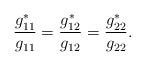
LaTeX: \begin{align*}\frac{g_{11}^{\ast}}{g_{11}}=\frac{g_{12}^{\ast}}{g_{12}}=\frac{g_{22}^{\ast}}{g_{22}}. \end{align*}